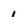
Character: 1